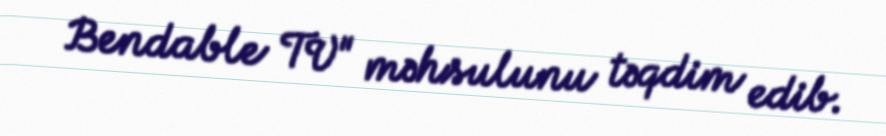
Bendable TV" məhsulunu təqdim edib.